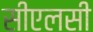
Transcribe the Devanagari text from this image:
सीएलसी